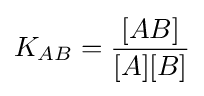
K_{AB}={\frac {[AB]}{[A][B]}}